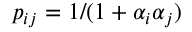
p _ { i j } = 1 / ( 1 + \alpha _ { i } \alpha _ { j } )